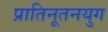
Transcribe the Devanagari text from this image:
प्रातिनूतनयुग